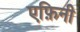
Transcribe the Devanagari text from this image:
एफ़िनी